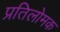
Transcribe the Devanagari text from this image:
प्रतिलोमक